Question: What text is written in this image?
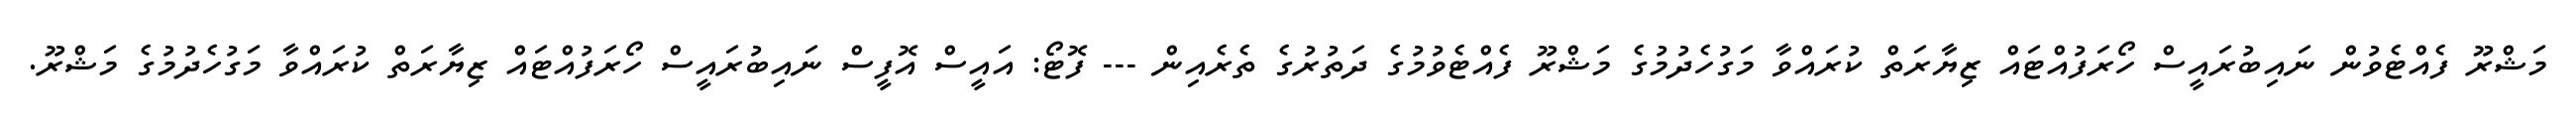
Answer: މަޝްރޫ ފެއްޓެވުން ނައިބުރައީސް ހޯރަފުއްޓައް ޒިޔާރަތް ކުރައްވާ މަގުހެދުމުގެ މަޝްރޫ ފެއްޓެވުމުގެ ދަތުރުގެ ތެރެއިން --- ފޮޓޯ: އައީސް އޮފީސް ނައިބުރައީސް ހޯރަފުއްޓައް ޒިޔާރަތް ކުރައްވާ މަގުހެދުމުގެ މަޝްރޫ.